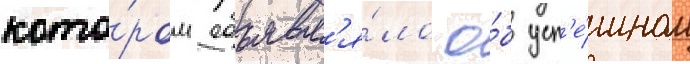
кото́ром объявл'я́ло о́б усп'е́шном